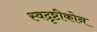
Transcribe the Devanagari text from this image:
स्वदृष्टीकोन